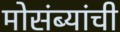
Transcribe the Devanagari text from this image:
मोसंब्यांची